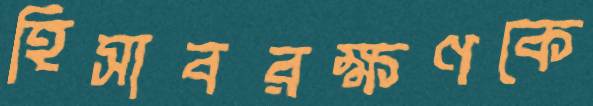
হিসাবরক্ষণকে